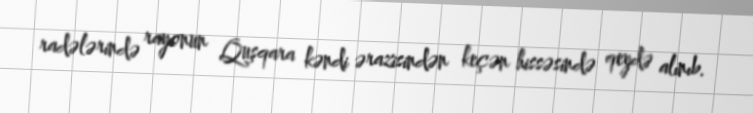
radələrində rayonun Quşqara kəndi ərazisindən keçən hissəsində qeydə alınıb.